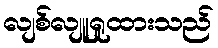
လျစ်လျူရှုထားသည်